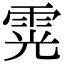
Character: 䨔